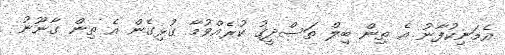
އެމަނިކުފާނު އެ ތިން ބިލް ތަސްދީގު ކުރެއްވުމާ ގުޅިގެން އެ ތިން ގާނޫނު